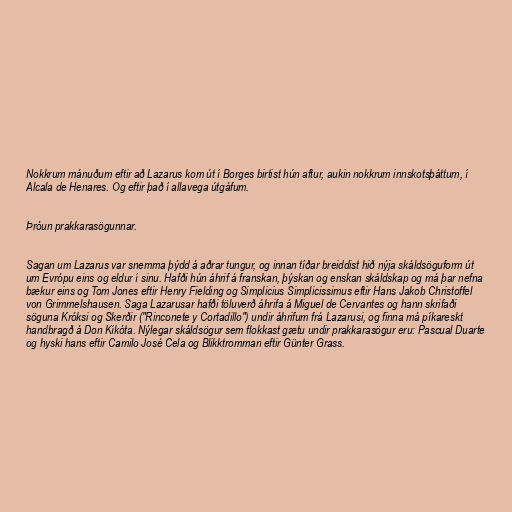
Nokkrum mánuðum eftir að Lazarus kom út í Borges birtist hún aftur, aukin nokkrum innskotsþáttum, í
Alcala de Henares. Og eftir það í allavega útgáfum.

Þróun prakkarasögunnar.

Sagan um Lazarus var snemma þýdd á aðrar tungur, og innan tíðar breiddist hið nýja skáldsöguform út
um Evrópu eins og eldur í sinu. Hafði hún áhrif á franskan, þýskan og enskan skáldskap og má þar nefna
bækur eins og Tom Jones eftir Henry Fielding og Simplicius Simplicissimus eftir Hans Jakob Christoffel
von Grimmelshausen. Saga Lazarusar hafði töluverð áhrifa á Miguel de Cervantes og hann skrifaði
söguna Króksi og Skerðir ("Rinconete y Cortadillo") undir áhrifum frá Lazarusi, og finna má píkareskt
handbragð á Don Kíkóta. Nýlegar skáldsögur sem flokkast gætu undir prakkarasögur eru: Pascual Duarte
og hyski hans eftir Camilo José Cela og Blikktromman eftir Günter Grass.